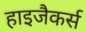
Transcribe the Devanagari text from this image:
हाइजैकर्स